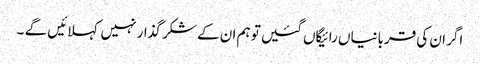
اگر ان کی قربانیاں رائیگاں گئیں تو ہم ان کے شکر گذار نہیں کہلائیں گے ۔